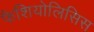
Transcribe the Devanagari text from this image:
फैशियोलिसिस